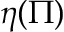
\eta ( \Pi )